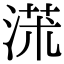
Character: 𣸃